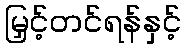
မြှင့်တင်ရန်နှင့်